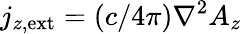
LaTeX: j_{z,\mathrm{ext}}=(c/4\pi)\nabla^{2}A_{z}